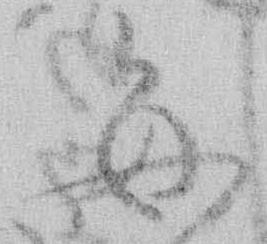
毎